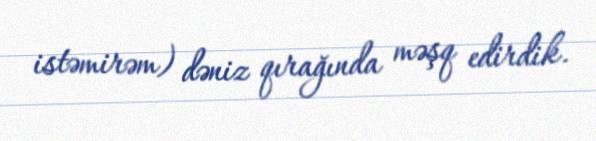
istəmirəm) dəniz qırağında məşq edirdik.